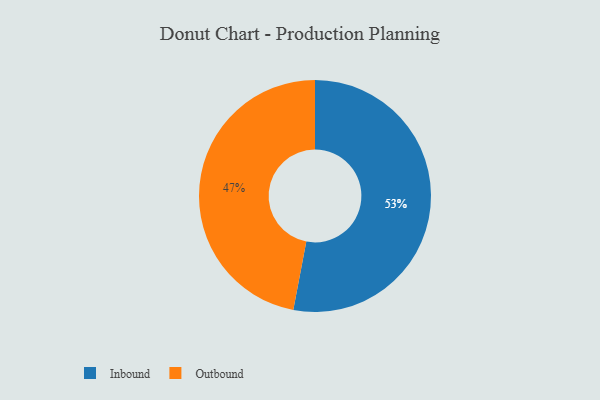
{"axis": {"x": "Category", "y": "Percentage"}, "legend": ["Inbound", "Outbound"], "data": [{"x": "Inbound", "y": 53, "type": "Inbound"}, {"x": "Outbound", "y": 47, "type": "Outbound"}]}